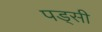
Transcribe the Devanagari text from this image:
पड्सी